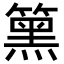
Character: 𥳬